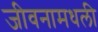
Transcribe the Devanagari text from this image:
जीवनामधली